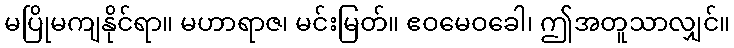
မပြိုမကျနိုင်ရာ။ မဟာရာဇ၊ မင်းမြတ်။ ဧဝမေဝခေါ၊ ဤအတူသာလျှင်။